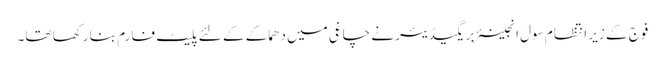
فوج کے زیر انتظام سول انجینئر بریگیڈیئر نے چاغی میں دھماکے کے لئے پلیٹ فارم بنا رکھا تھا۔